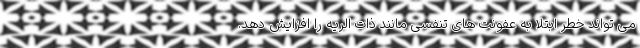
می تواند خطر ابتلا به عفونت های تنفسی مانند ذات الریه را افزایش دهد.